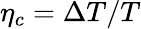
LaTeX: \eta_{c}=\Delta T/T